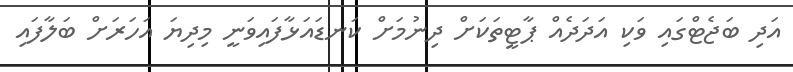
އަދި ބަޖެޓްގައި ވަކި އަދަދެއް ޕާޓީތަކަށް ދިނުމަށް ކަނޑައަޅާފައިވަނީ މިދިޔަ އަހަރަށް ބަލާފައި